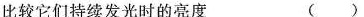
比较它们持续发光时的亮度 ( )